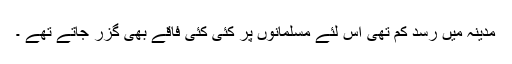
مدینہ میں رسد کم تھی اس لئے مسلمانوں پر کئی کئی فاقے بھی گزر جاتے تھے ۔